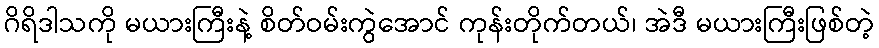
ဂိရိဒါသကို မယားကြီးနဲ့ စိတ်ဝမ်းကွဲအောင် ကုန်းတိုက်တယ်၊ အဲဒီ မယားကြီးဖြစ်တဲ့